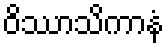
ဝိဿာသိကာနံ